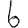
Digit: 6